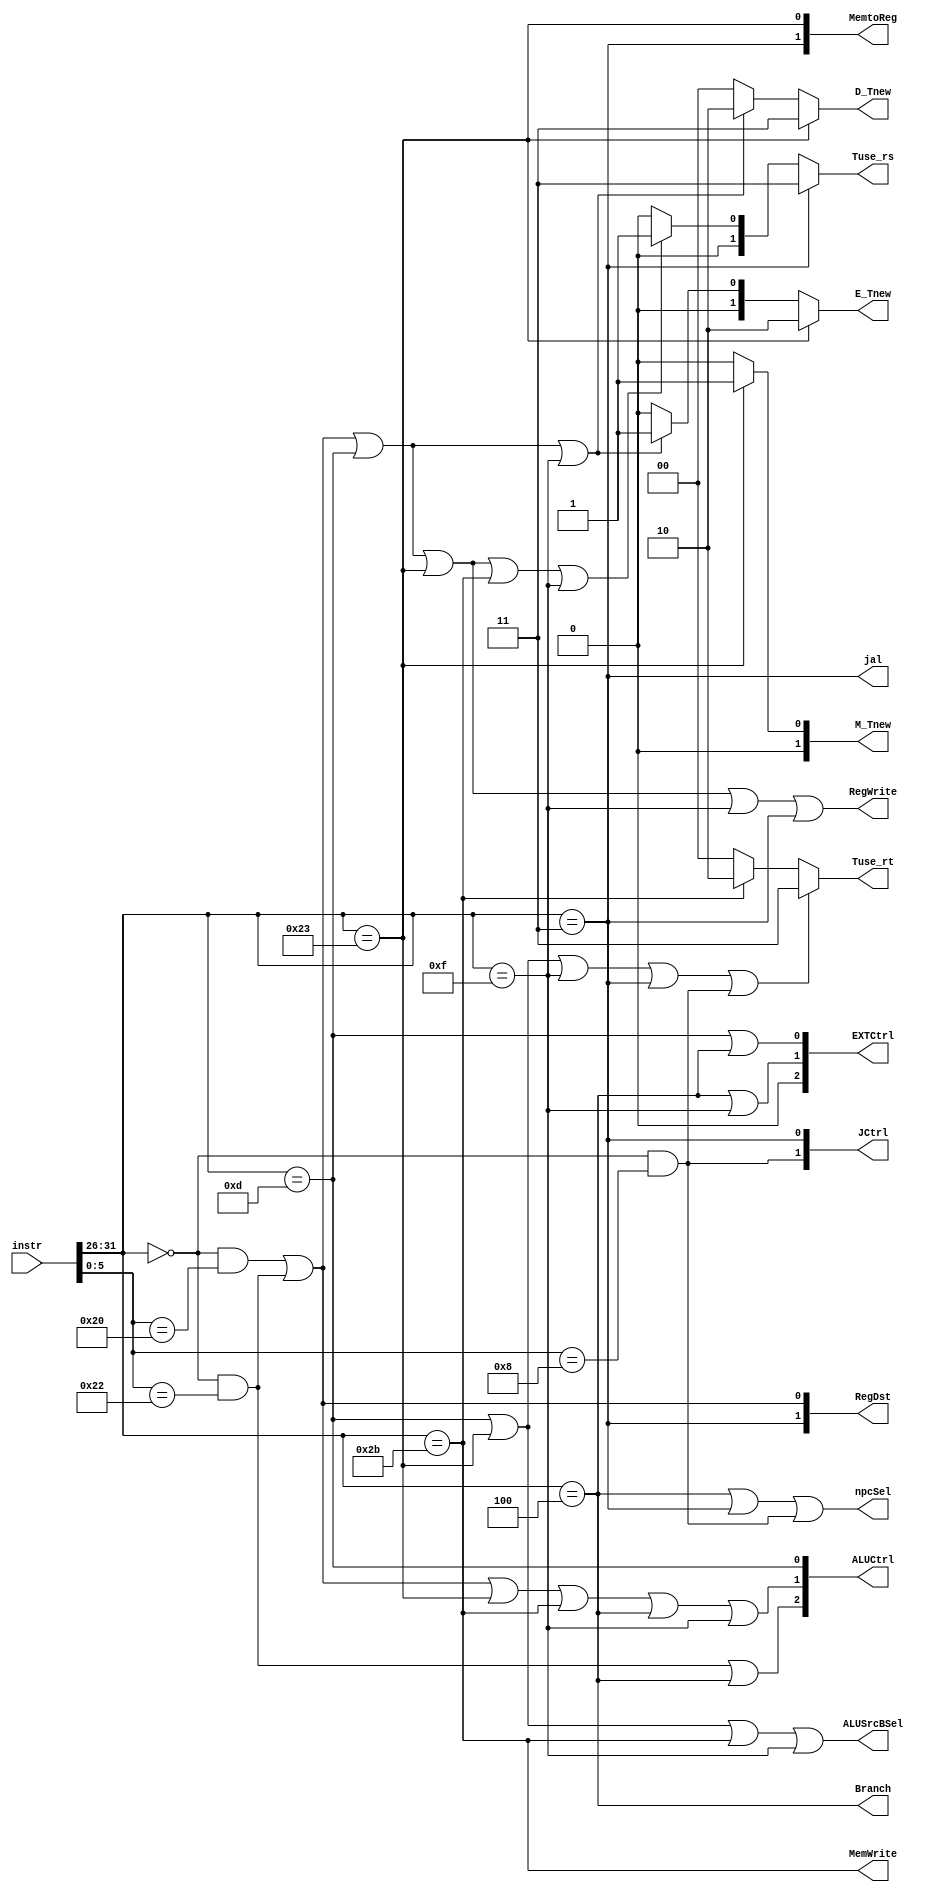
module MCU (
    //input
    input [31:0] instr,
    //output
    //D
    output [1:0] RegDst,
    output Branch,
    output [2:0] EXTCtrl,
    output [1:0] JCtrl,
	 output npcSel,
    //E
    output [2:0] ALUCtrl,
    output ALUSrcBSel,
    //M
    output MemWrite,
    output RegWrite,
	 output jal,
    //W
    output [1:0] MemtoReg, 
    //Hazard
    output [1:0] Tuse_rs,
    output [1:0] Tuse_rt,
    output [1:0] D_Tnew,
    output [1:0] E_Tnew,
    output [1:0] M_Tnew
);
    //wire
    wire [5:0] opcode;
    wire [5:0] func;
	 wire add,sub,ori,lw,sw,beq,lui,jr;
    assign opcode = instr[31:26];
	 assign func = instr[5:0];
    	 
    //instr
    assign add = (opcode == 6'b000000) && (func == 6'b100000);
	 assign sub = (opcode == 6'b000000) && (func == 6'b100010);
	 assign ori = (opcode == 6'b001101);
	 assign lw = (opcode == 6'b100011);
	 assign sw = (opcode == 6'b101011);
 	 assign beq = (opcode == 6'b000100);
	 assign lui = (opcode == 6'b001111);
	 assign jal = (opcode == 6'b000011);
	 assign jr = (opcode == 6'b000000) && (func == 6'b001000);

    //out
    assign RegDst[1] = jal;
    assign RegDst[0] = add || sub; 
	 assign EXTCtrl[2] = 1'b0;
    assign EXTCtrl[1] = beq || lui;
    assign EXTCtrl[0] = ori || beq;
    assign Branch = beq;
    assign JCtrl[1] = jr;
    assign JCtrl[0] = jal;
    assign ALUCtrl[2] = sub || beq;
    assign ALUCtrl[1] = add || sub || lw || sw || beq || lui;
    assign ALUCtrl[0] = ori;
    assign ALUSrcBSel = ori || lw || sw || lui ;
    assign MemWrite = sw;
    assign RegWrite = add || sub || ori || lw || lui || jal;
    assign MemtoReg[1] = jal;
    assign MemtoReg[0] = lw;
	 assign npcSel = beq || jal || jr;
    assign Tuse_rs = (jal) ? 2'b11 :
                     (add || sub || ori || lw || sw || lui) ? 2'b01 :
                     2'b00;
    assign Tuse_rt = (ori || lw || lui || jal || jr) ? 2'b11 :
                     (sw) ? 2'b10 :
                     2'b00;
    assign D_Tnew  = (lw) ? 2'b11 :
                     (add || sub || ori || lui) ? 2'b10 :
                     2'b00;
    assign E_Tnew = (lw) ? 2'b10 :
                    (add || sub || ori || lui) ? 2'b01 :
                    2'b00;
    assign M_Tnew = (lw) ? 2'b01 :
                    2'b00;
endmodule